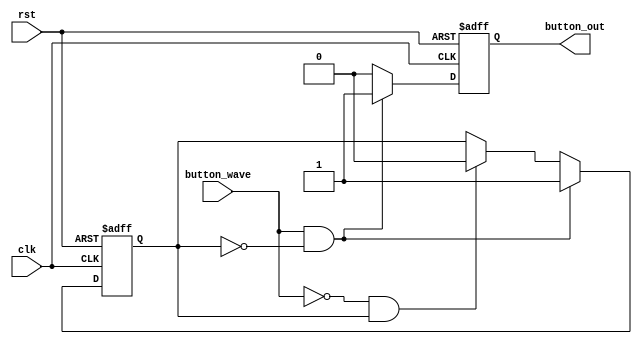
`timescale 1ns / 1ps
//////////////////////////////////////////////////////////////////////////////////
// Company: 
// Engineer: 
// 
// Design Name: 
// Module Name: button
// Project Name: 
// Target Devices: 
// Tool Versions: 
// Description: 
// 
// Dependencies: 
// 
// Revision:
// Revision 0.01 - File Created
// Additional Comments:
// 
//////////////////////////////////////////////////////////////////////////////////


module button(
                input clk,
                input rst,
                input button_wave,
                output reg button_out
    );
    
    reg local;
        always@(posedge clk or negedge rst)begin
            if(!rst) begin
                button_out <= 0;
                local <= 0;
            end else begin
                if(button_wave == 1 & local == 0)begin
                    button_out <= 1;
                    local <= 1;
                end else if (button_wave == 0 & local == 1)begin
                    button_out <= 0;
                    local <= 0;
                end
                else 
                    button_out <= 0;
            end
        end
        
       
    
    
    
endmodule